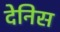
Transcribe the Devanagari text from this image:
देनिस